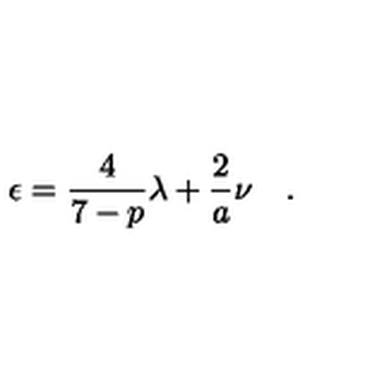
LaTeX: \epsilon = \frac { 4 } { 7 - p } { \lambda } + \frac { 2 } { a } \nu \quad .